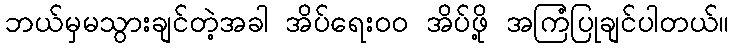
ဘယ်မှမသွားချင်တဲ့အခါ အိပ်ရေးဝဝ အိပ်ဖို့ အကြံပြုချင်ပါတယ်။